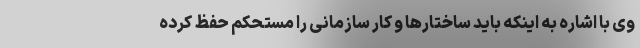
وی با اشاره به اینکه باید ساختارها و کار سازمانی را مستحکم حفظ کرده